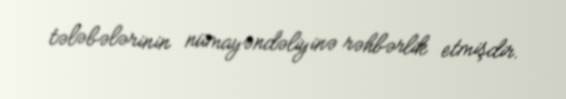
tələbələrinin nümayəndəliyinə rəhbərlik etmişdir.